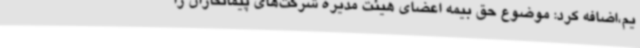
یم،اضافه کرد: موضوع حق بیمه اعضای هیئت مدیره شرکت‌های پیمانکاران را